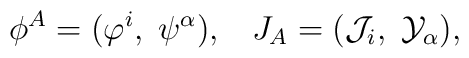
\phi^A=(\varphi^i,\;\psi^\alpha),\;\;\; J_A=({\cal J}_i,\;{\cal Y}_\alpha),\\